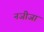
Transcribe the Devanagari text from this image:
नजीजा